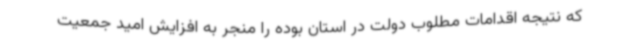
که نتیجه اقدامات مطلوب دولت در استان بوده را منجر به افزایش امید جمعیت